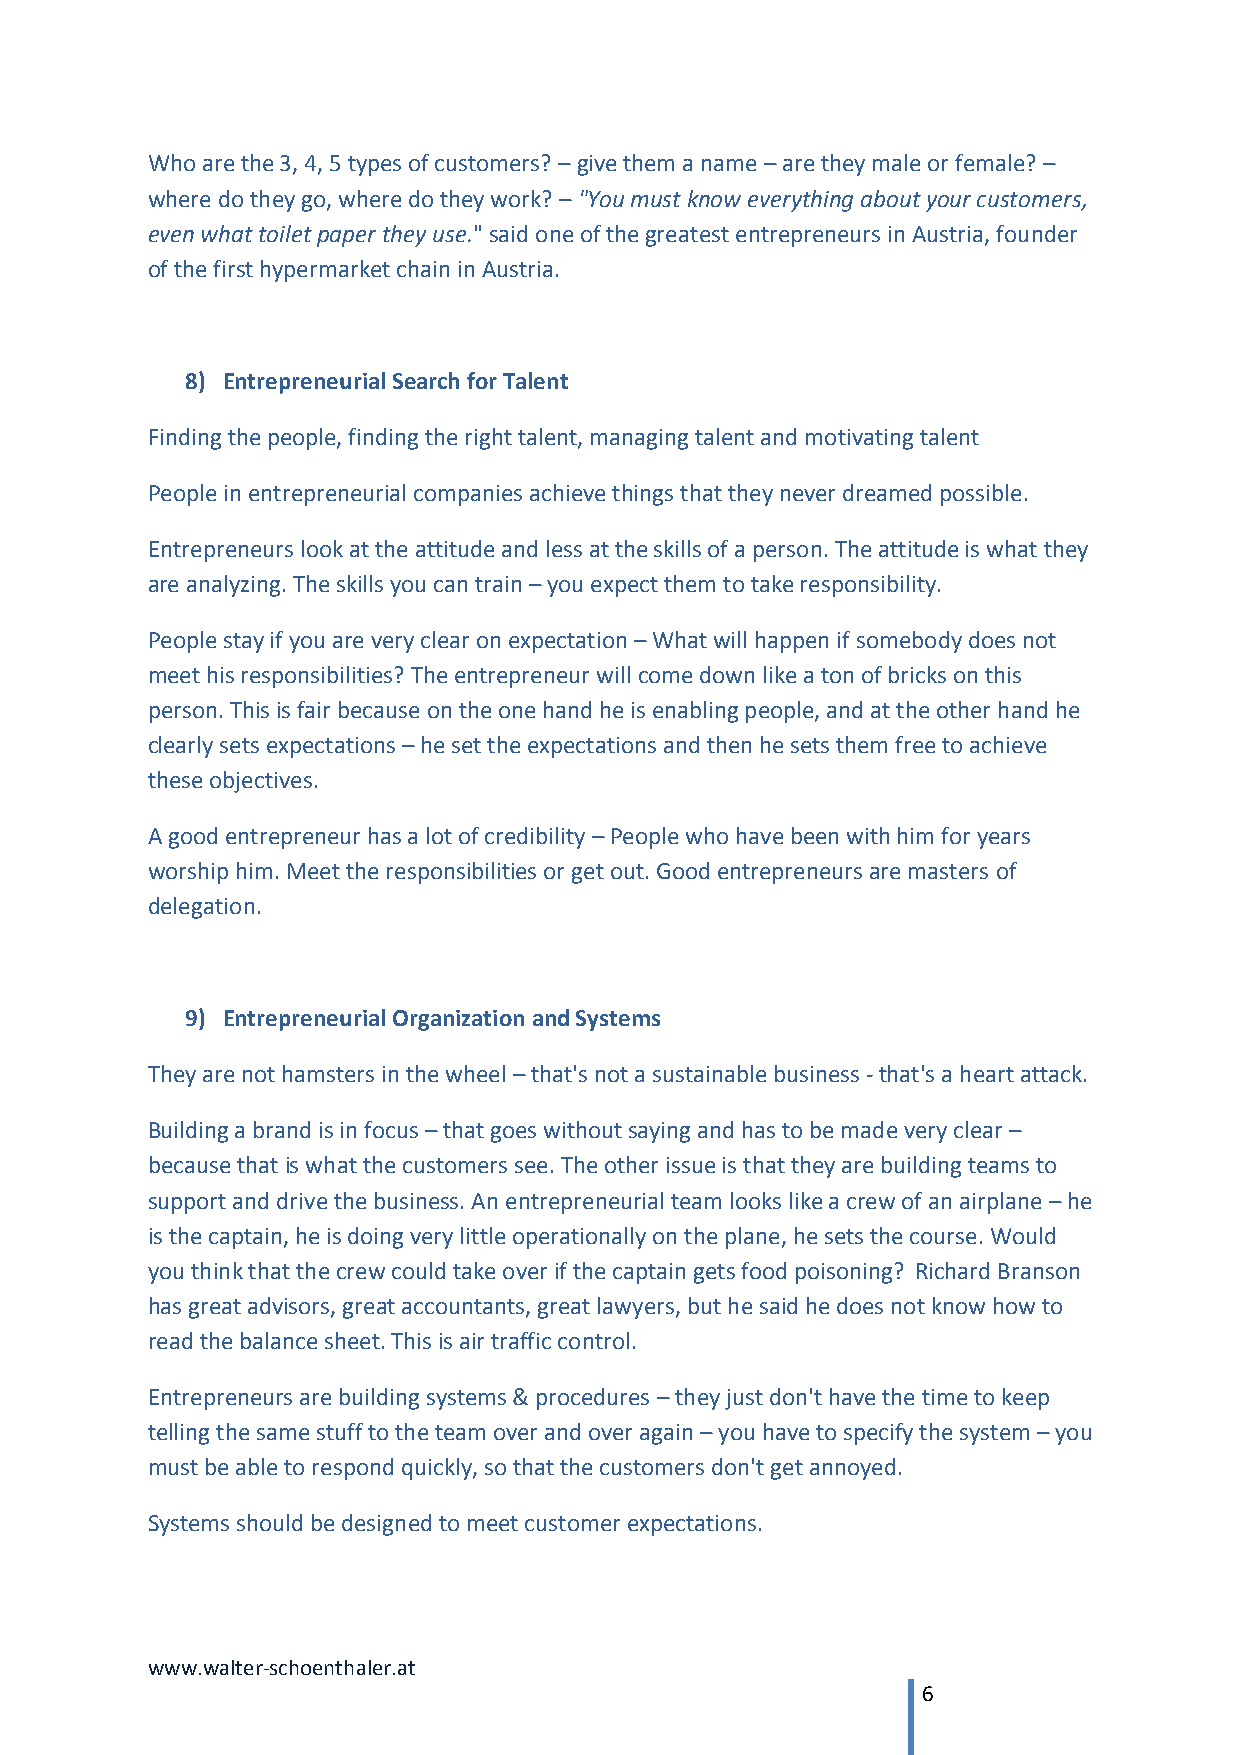
Who are the 3, 4, 5 types of customers? – give them a name – are they male or female? –
 where do they go, where do they work? – "You must know everything about your customers,
 even what toilet paper they use." said one of the greatest entrepreneurs in Austria, founder
 of the first hypermarket chain in Austria.
 8) Entrepreneurial Search for Talent
 Finding the people, finding the right talent, managing talent and motivating talent
 People in entrepreneurial companies achieve things that they never dreamed possible.
 Entrepreneurs look at the attitude and less at the skills of a person. The attitude is what they
 are analyzing. The skills you can train – you expect them to take responsibility.
 People stay if you are very clear on expectation – What will happen if somebody does not
 meet his responsibilities? The entrepreneur will come down like a ton of bricks on this
 person. This is fair because on the one hand he is enabling people, and at the other hand he
 clearly sets expectations – he set the expectations and then he sets them free to achieve
 these objectives.
 A good entrepreneur has a lot of credibility – People who have been with him for years
 worship him. Meet the responsibilities or get out. Good entrepreneurs are masters of
 delegation.
 9) Entrepreneurial Organization and Systems
 They are not hamsters in the wheel – that's not a sustainable business - that's a heart attack.
 Building a brand is in focus – that goes without saying and has to be made very clear –
 because that is what the customers see. The other issue is that they are building teams to
 support and drive the business. An entrepreneurial team looks like a crew of an airplane – he
 is the captain, he is doing very little operationally on the plane, he sets the course. Would
 you think that the crew could take over if the captain gets food poisoning? Richard Branson
 has great advisors, great accountants, great lawyers, but he said he does not know how to
 read the balance sheet. This is air traffic control.
 Entrepreneurs are building systems & procedures – they just don't have the time to keep
 telling the same stuff to the team over and over again – you have to specify the system – you
 must be able to respond quickly, so that the customers don't get annoyed.
 Systems should be designed to meet customer expectations.
 www.walter-schoenthaler.at
 6